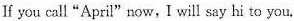
If you call "April" now, I will say hi to you.